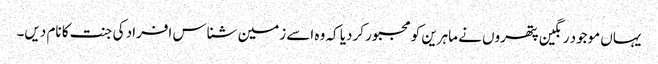
یہاں موجود رنگین پتھروں نے ماہرین کو مجبور کردیا کہ وہ اسے زمین شناس افراد کی جنت کا نام دیں۔